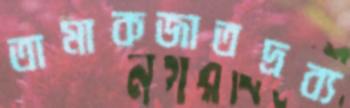
তামাকজাতদ্রব্য